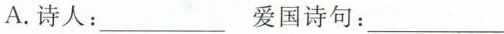
A.诗人：___ 爱国诗句：___